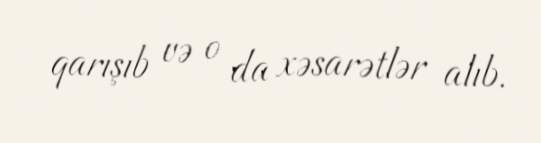
qarışıb və o da xəsarətlər alıb.